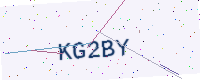
Text: KG2BY